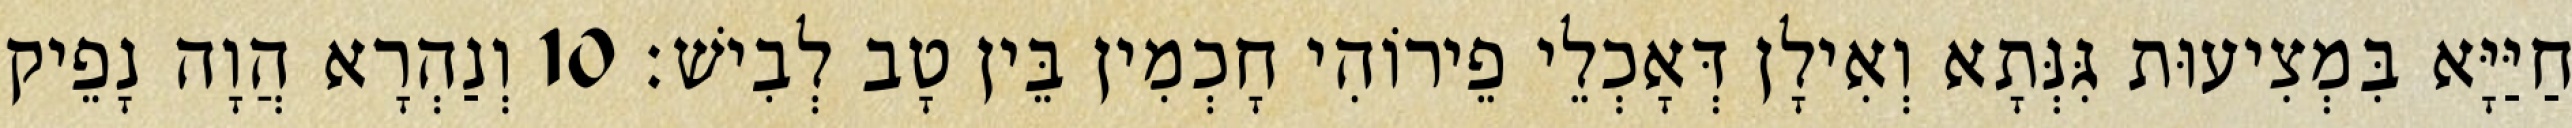
חַיַּיָּא בִּמְצִיעוּת גִּנְּתָא וְאִילָן דְּאָכְלֵי פֵירוֹהִי חָכְמִין בֵּין טָב לְבִישׁ׃ 10 וְנַהְרָא הֲוָה נָפֵיק